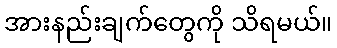
အားနည်းချက်တွေကို သိရမယ်။